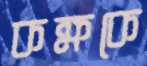
কক্ষকে